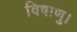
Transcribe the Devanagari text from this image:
विषाणु।